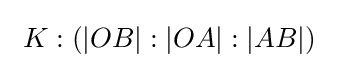
\ K:(|OB|:|OA|:|AB|)\